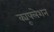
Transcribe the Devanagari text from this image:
क्यूफ्लेशन